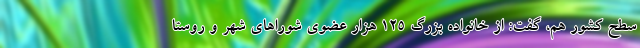
سطح کشور هم، گفت: از خانواده بزرگ 125 هزار عضوی شوراهای شهر و روستا